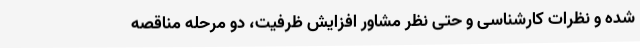
شده و نظرات کارشناسی و حتی نظر مشاور افزایش ظرفیت، دو مرحله مناقصه